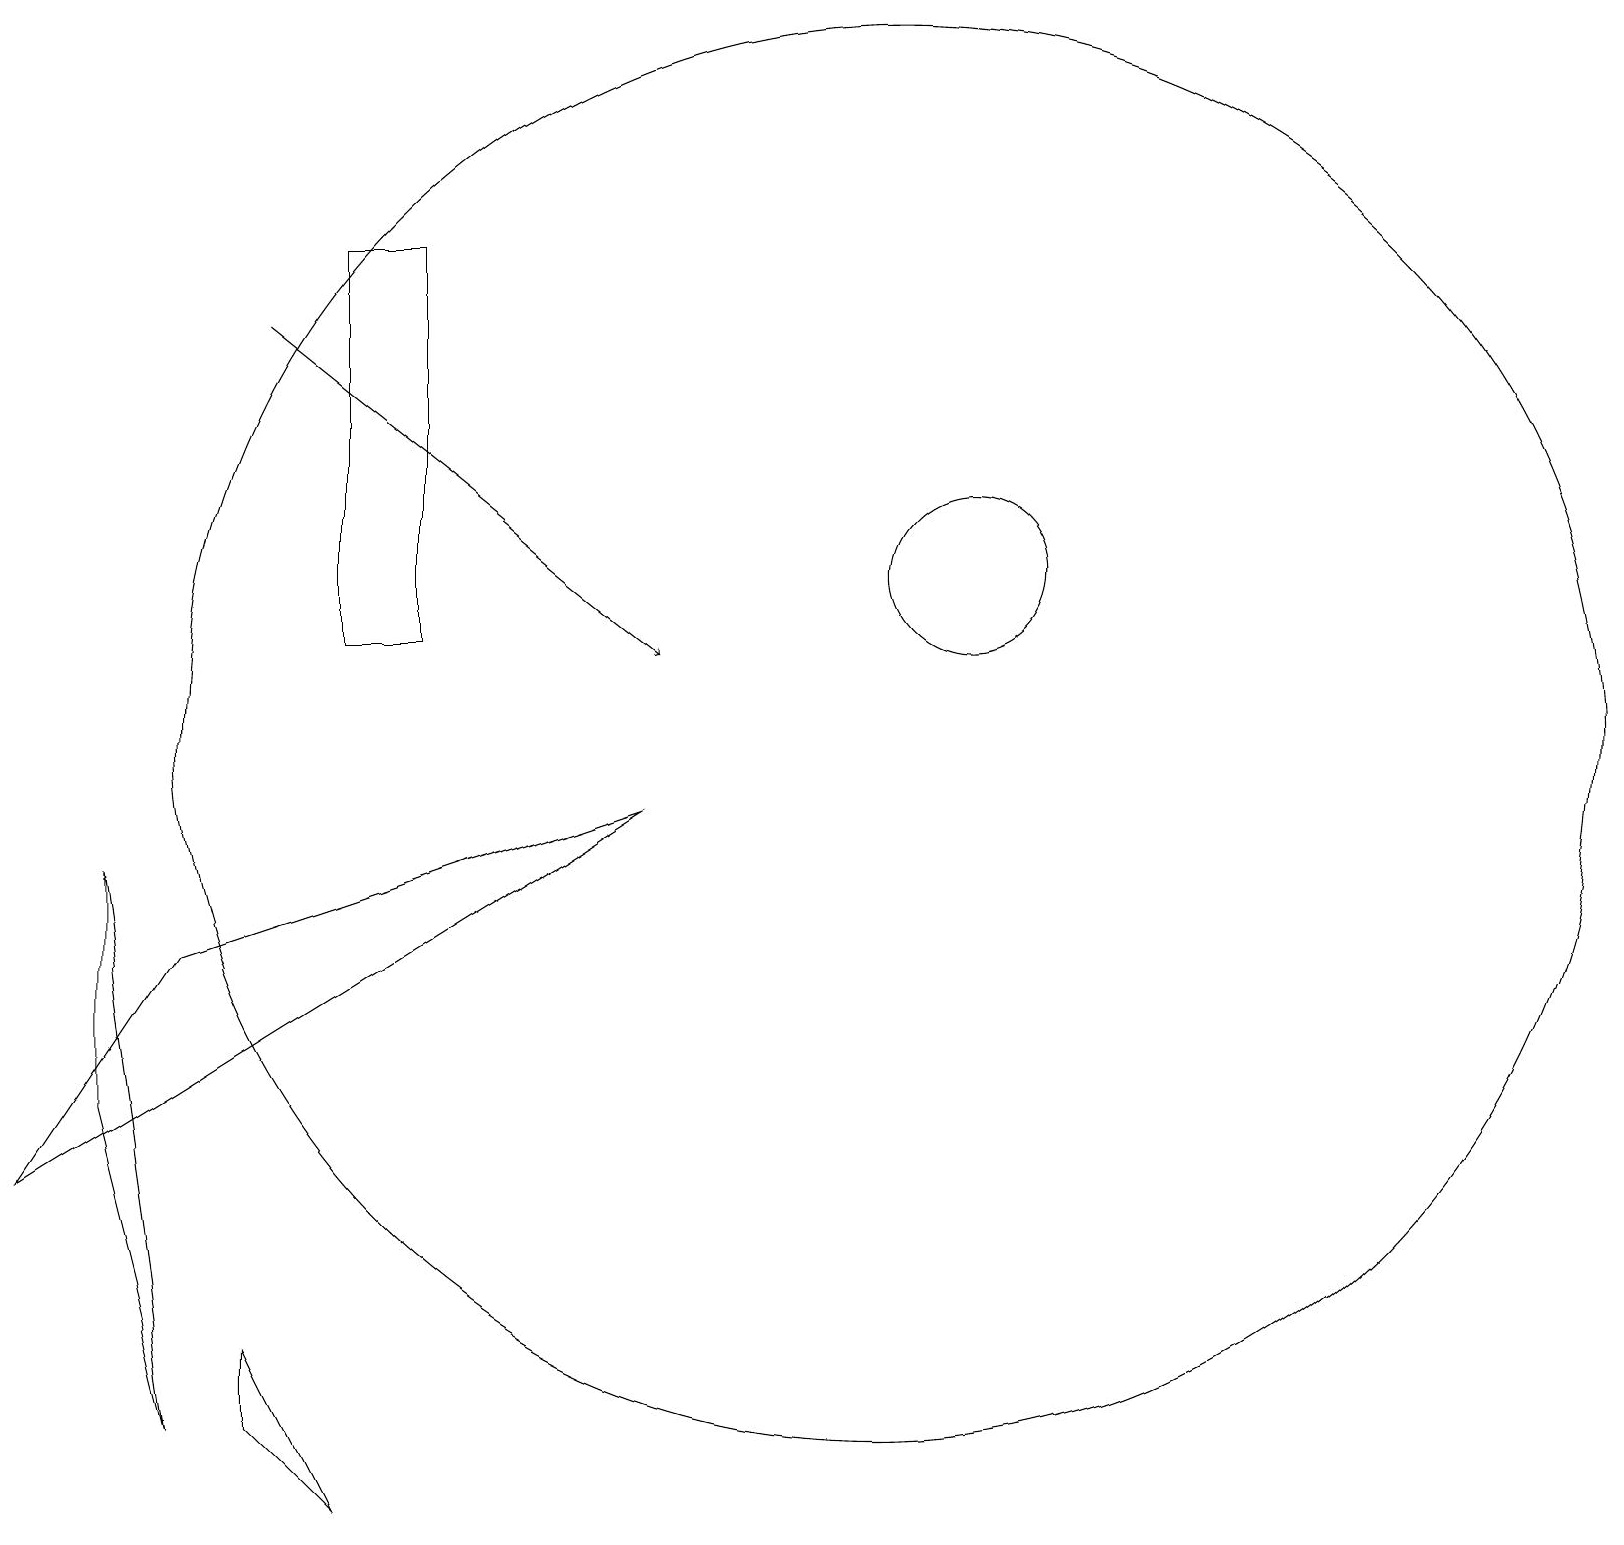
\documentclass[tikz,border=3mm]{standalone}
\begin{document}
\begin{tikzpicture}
\draw (8,9) -- (0,4) -- (2,7) -- cycle;
\draw (3,1) -- (4,0) -- (3,2) -- cycle;
\draw (12,12) circle (1);
\draw[->] (3,15) -- (8,11);
\draw (5,16) rectangle (4,11);
\draw (1,8) -- (2,1) -- (1,5) -- cycle;
\draw (11,10) circle (9);
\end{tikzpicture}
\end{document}